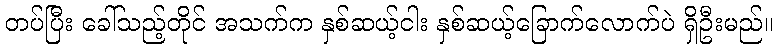
တပ်ပြီး ခေါ်သည့်တိုင် အသက်က နှစ်ဆယ့်ငါး နှစ်ဆယ့်ခြောက်လောက်ပဲ ရှိဦးမည်။